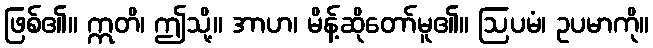
ဖြစ်၏။ ဣတိ၊ ဤသို့။ အာဟ၊ မိန့်ဆိုတော်မူ၏။ ဩပမံ၊ ဥပမာကို။